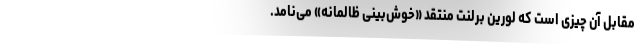
مقابلِ آن چیزی است که لورین برلنتِ منتقد «خوش‌بینی ظالمانه» می‌نامد.